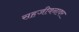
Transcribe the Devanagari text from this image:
सहजीवनावर